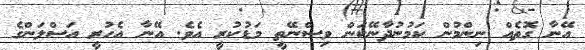
އޭނާ ގޮތެއް ނިންމުން ކަމުނުދާނޭކަން ވިސްނޭތީ މަޑުކުރީ އެވެ. އޭނާ އެހުރީ އަސްލަންގެ